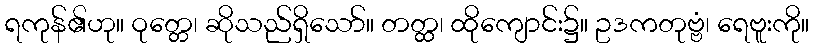
ရကုန်၏ဟု။ ဝုတ္တေ၊ ဆိုသည်ရှိသော်။ တတ္ထ၊ ထိုကျောင်း၌။ ဥဒကတုဗ္ဗံ၊ ရေဗူးကို။